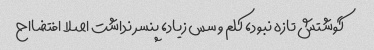
گوشتش تازه نبود، کلم و سس زیاد، پنسر نداشت اصلا افتضااح